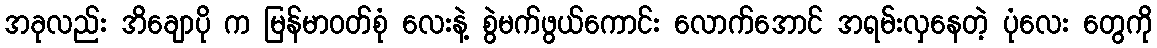
အခုလည်း အိချောပို က မြန်မာဝတ်စုံ လေးနဲ့ စွဲမက်ဖွယ်ကောင်း လောက်အောင် အရမ်းလှနေတဲ့ ပုံလေး တွေကို